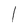
Character: l